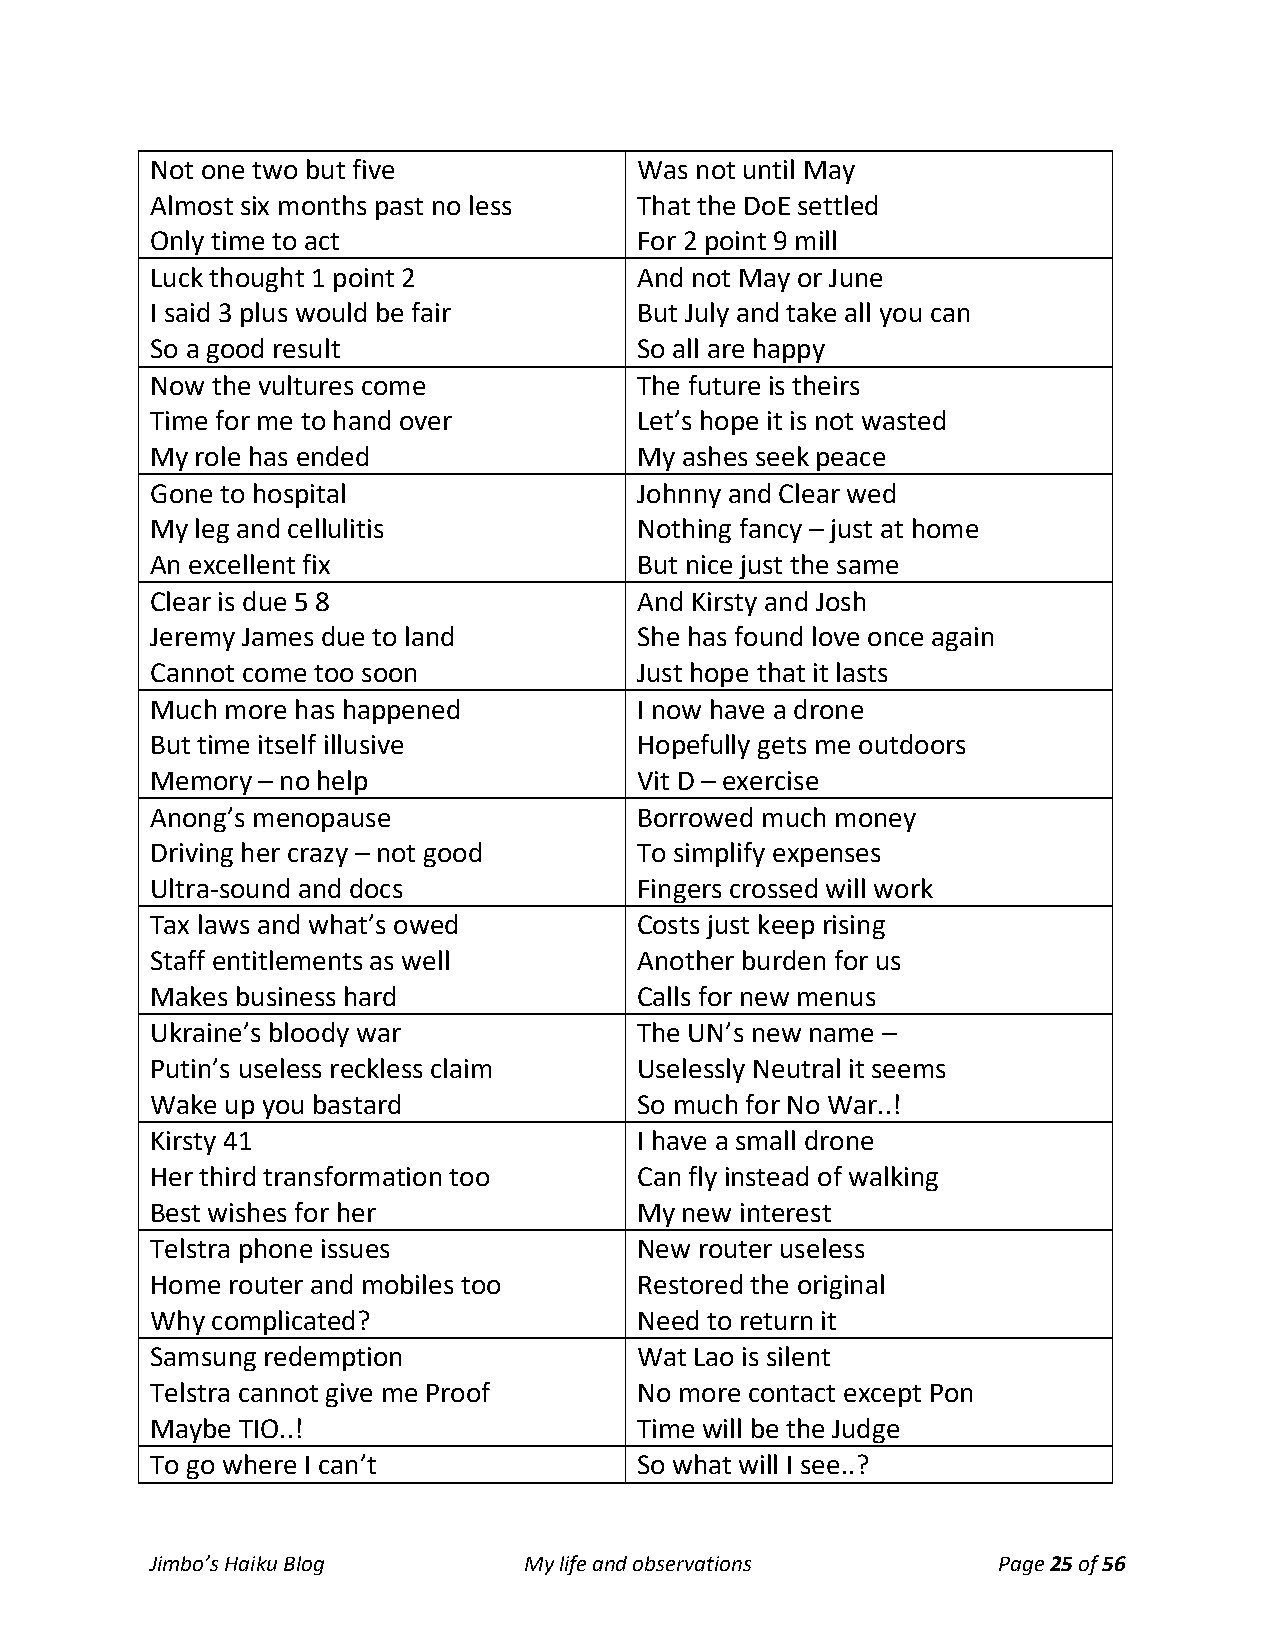
Not one two but five            Was not until May
 Almost six months past no less  That the DoE settled
 Only time to act                For 2 point 9 mill
 Luck thought 1 point 2          And not May or June
 I said 3 plus would be fair     But July and take all you can
 So a good result                So all are happy
 Now the vultures come           The future is theirs
 Time for me to hand over        Let’s hope it is not wasted
 My role has ended               My ashes seek peace
 Gone to hospital                Johnny and Clear wed
 My leg and cellulitis           Nothing fancy – just at home
 An excellent fix                But nice just the same
 Clear is due 5 8                And Kirsty and Josh
 Jeremy James due to land        She has found love once again
 Cannot come too soon            Just hope that it lasts
 Much more has happened          I now have a drone
 But time itself illusive        Hopefully gets me outdoors
 Memory – no help                Vit D – exercise
 Anong’s menopause               Borrowed much money
 Driving her crazy – not good    To simplify expenses
 Ultra-sound and docs            Fingers crossed will work
 Tax laws and what’s owed        Costs just keep rising
 Staff entitlements as well      Another burden for us
 Makes business hard             Calls for new menus
 Ukraine’s bloody war            The UN’s new name –
 Putin’s useless reckless claim  Uselessly Neutral it seems
 Wake up you bastard             So much for No War..!
 Kirsty 41                       I have a small drone
 Her third transformation too    Can fly instead of walking
 Best wishes for her             My new interest
 Telstra phone issues            New router useless
 Home router and mobiles too     Restored the original
 Why complicated?                Need to return it
 Samsung redemption              Wat Lao is silent
 Telstra cannot give me Proof    No more contact except Pon
 Maybe TIO..!                    Time will be the Judge
 To go where I can’t             So what will I see..?
 Jimbo’s Haiku Blog       My life and observations       Page 25 of 56